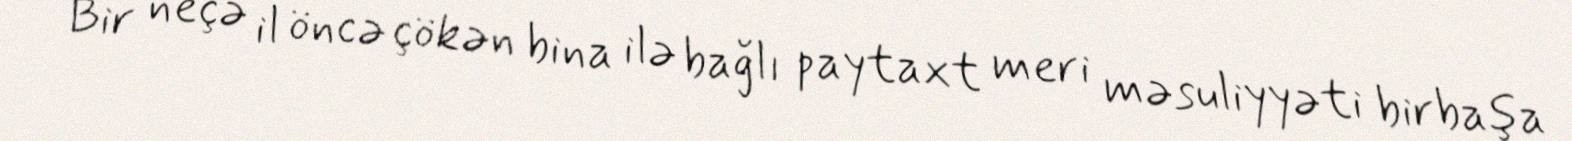
Bir neçə il öncə çökən bina ilə bağlı paytaxt meri məsuliyyəti birbaşa